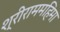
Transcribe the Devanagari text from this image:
श्रीराममहिमा